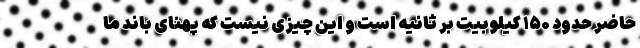
حاضر حدود ۱۵۰ کیلوبیت بر ثانیه است و این چیزی نیست که پهنای باند ما